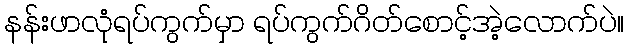
နန်းဖာလုံရပ်ကွက်မှာ ရပ်ကွက်ဂိတ်စောင့်အဲ့လောက်ပဲ။